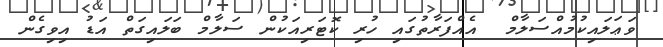
ވަޢަލައިކުމުއްސަލާމް  އެއްފަރާތުގައި ހުރި ކޮޓަރިއަކުން ސަލާމް ބަލައިގަތް އަޑު އިވިގެން